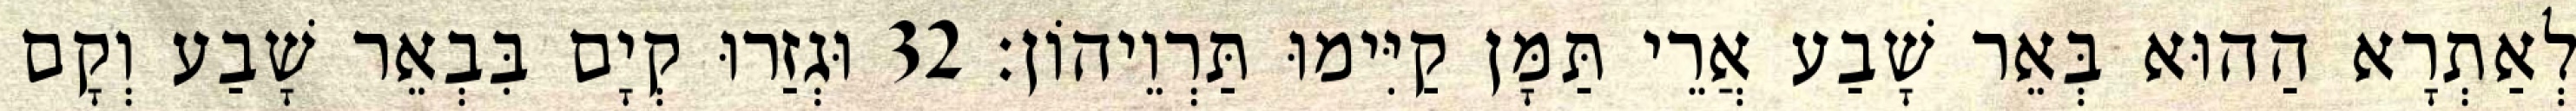
לְאַתְרָא הַהוּא בְּאֵר שָׁבַע אֲרֵי תַּמָּן קַיִּימוּ תַּרְוֵיהוֹן׃ 32 וּגְזַרוּ קְיָם בִּבְאֵר שָׁבַע וְקָם